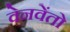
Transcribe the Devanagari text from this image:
वेनवेंतो